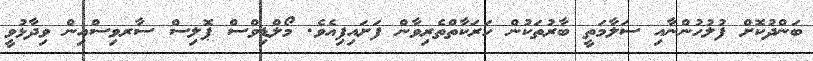
ބަންދުކޮށް ފުލުހުންނާއި ސަލާމަތީ ބާރުތަކުން ހަރަކާތްތެރިވާން ފަށައިފިއެވެ. މޯލްޑިވްސް ޕޮލިސް ސާރވިސްއިން ވިދާޅުވީ